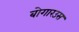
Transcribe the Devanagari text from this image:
बोगारउस